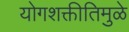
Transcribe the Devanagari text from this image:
योगशक्तीतिमुळे